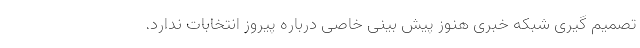
تصمیم گیری شبکه خبری هنوز پیش بینی خاصی درباره پیروز انتخابات ندارد.